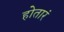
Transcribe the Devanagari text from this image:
होतारं